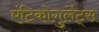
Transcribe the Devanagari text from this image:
एंटिकोगुलेंट्स